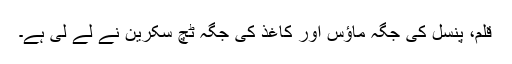
قلم، پنسل کی جگہ ماؤس اور کاغذ کی جگہ ٹچ سکرین نے لے لی ہے۔